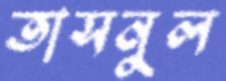
তাসনুল